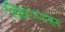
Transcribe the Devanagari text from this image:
फ़िप्पस